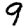
Digit: 9